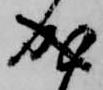
成